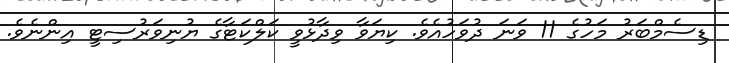
ޑިސެމްބަރު މަހުގެ 11 ވަނަ ދުވަހުއެވެ. ކިޔަވާ ވިދާޅުވީ ކަލްކަޓާގެ ޔުނިވަރުސިޓީ އިންނެވެ.